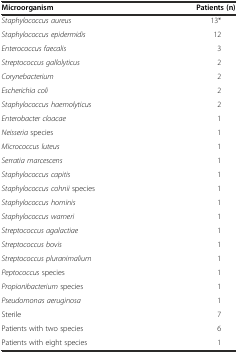
| Microorganism | Patients (n) |
 | --- | --- |
 | Staphylococcus aureus | 13* |
 | Staphylococcus epidermidis | 12 |
 | Enterococcus faecalis | 3 |
 | Streptococcus gallolyticus | 2 |
 | Corynebacterium | 2 |
 | Escherichia coli | 2 |
 | Staphylococcus haemolyticus | 2 |
 | Enterobacter cloacae | 1 |
 | Neisseria species | 1 |
 | Micrococcus luteus | 1 |
 | Serratia marcescens | 1 |
 | Staphylococcus capitis | 1 |
 | Staphylococcus cohnii species | 1 |
 | Staphylococcus hominis | 1 |
 | Staphylococcus warneri | 1 |
 | Streptococcus agalactiae | 1 |
 | Streptococcus bovis | 1 |
 | Streptococcus pluranimalium | 1 |
 | Peptococcus species | 1 |
 | Propionibacterium species | 1 |
 | Pseudomonas aeruginosa | 1 |
 | Sterile | 7 |
 | Patients with two species | 6 |
 | Patients with eight species | 1 |